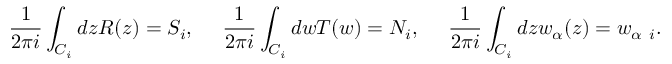
\frac { 1 } { 2 \pi i } \int _ { C _ { i } } d z R ( z ) = S _ { i } , ~ ~ ~ ~ \frac { 1 } { 2 \pi i } \int _ { C _ { i } } d w T ( w ) = N _ { i } , ~ ~ ~ ~ \frac { 1 } { 2 \pi i } \int _ { C _ { i } } d z w _ { \alpha } ( z ) = w _ { \alpha ~ i } .